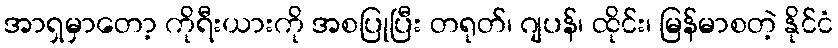
အာရှမှာတော့ ကိုရီးယားကို အစပြုပြီး တရုတ်၊ ဂျပန်၊ ထိုင်း၊ မြန်မာစတဲ့ နိုင်ငံ